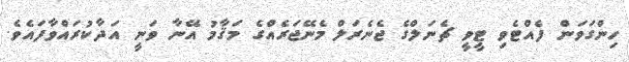
ހިންގަވަން ފެއްޓެވި ޓީވީ ޗެނަލްގެ ޖެނެރަލް މެނޭޖަރެއްގެ މަޤާމު އޭނާ ވަނީ އަދާކުރައްވާފައެވެ.